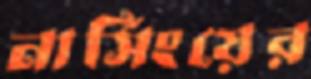
নার্সিংয়ের